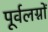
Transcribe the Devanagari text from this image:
पूर्वलग्नों